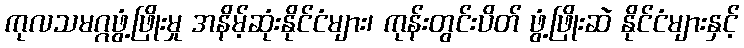
ကုလသမဂ္ဂဖွံ့ဖြိုးမှု အနိမ့်ဆုံးနိုင်ငံများ၊ ကုန်းတွင်းပိတ် ဖွံ့ဖြိုးဆဲ နိုင်ငံများနှင့်